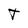
Character: T